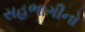
સહભાગીનો